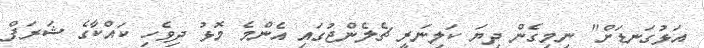
އަޅުގަނޑަށް" ނިމިގެން ދިޔަ ކަލިނަރީ ޗެލެންޖުގައި އެންމެ މޮޅު ދިވެހި ކައްކާގެ ޝަރަފް